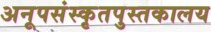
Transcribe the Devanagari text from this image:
अनूपसंस्कृतपुस्तकालय